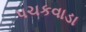
પચકવાડા